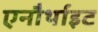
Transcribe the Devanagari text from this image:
एनौर्थाइट